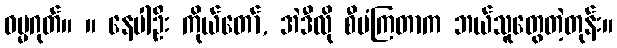
ဓမ္မဂုတ်။ ။ နေပါဦး ကိုယ်တော်, အဲဒီလို စီမံကြတာက ဘယ်သူတွေတဲ့တုန်း။